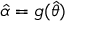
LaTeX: { \hat { \alpha } } = g ( { \hat { \theta } } )